Voisiku_vallavalitsus, lk 53
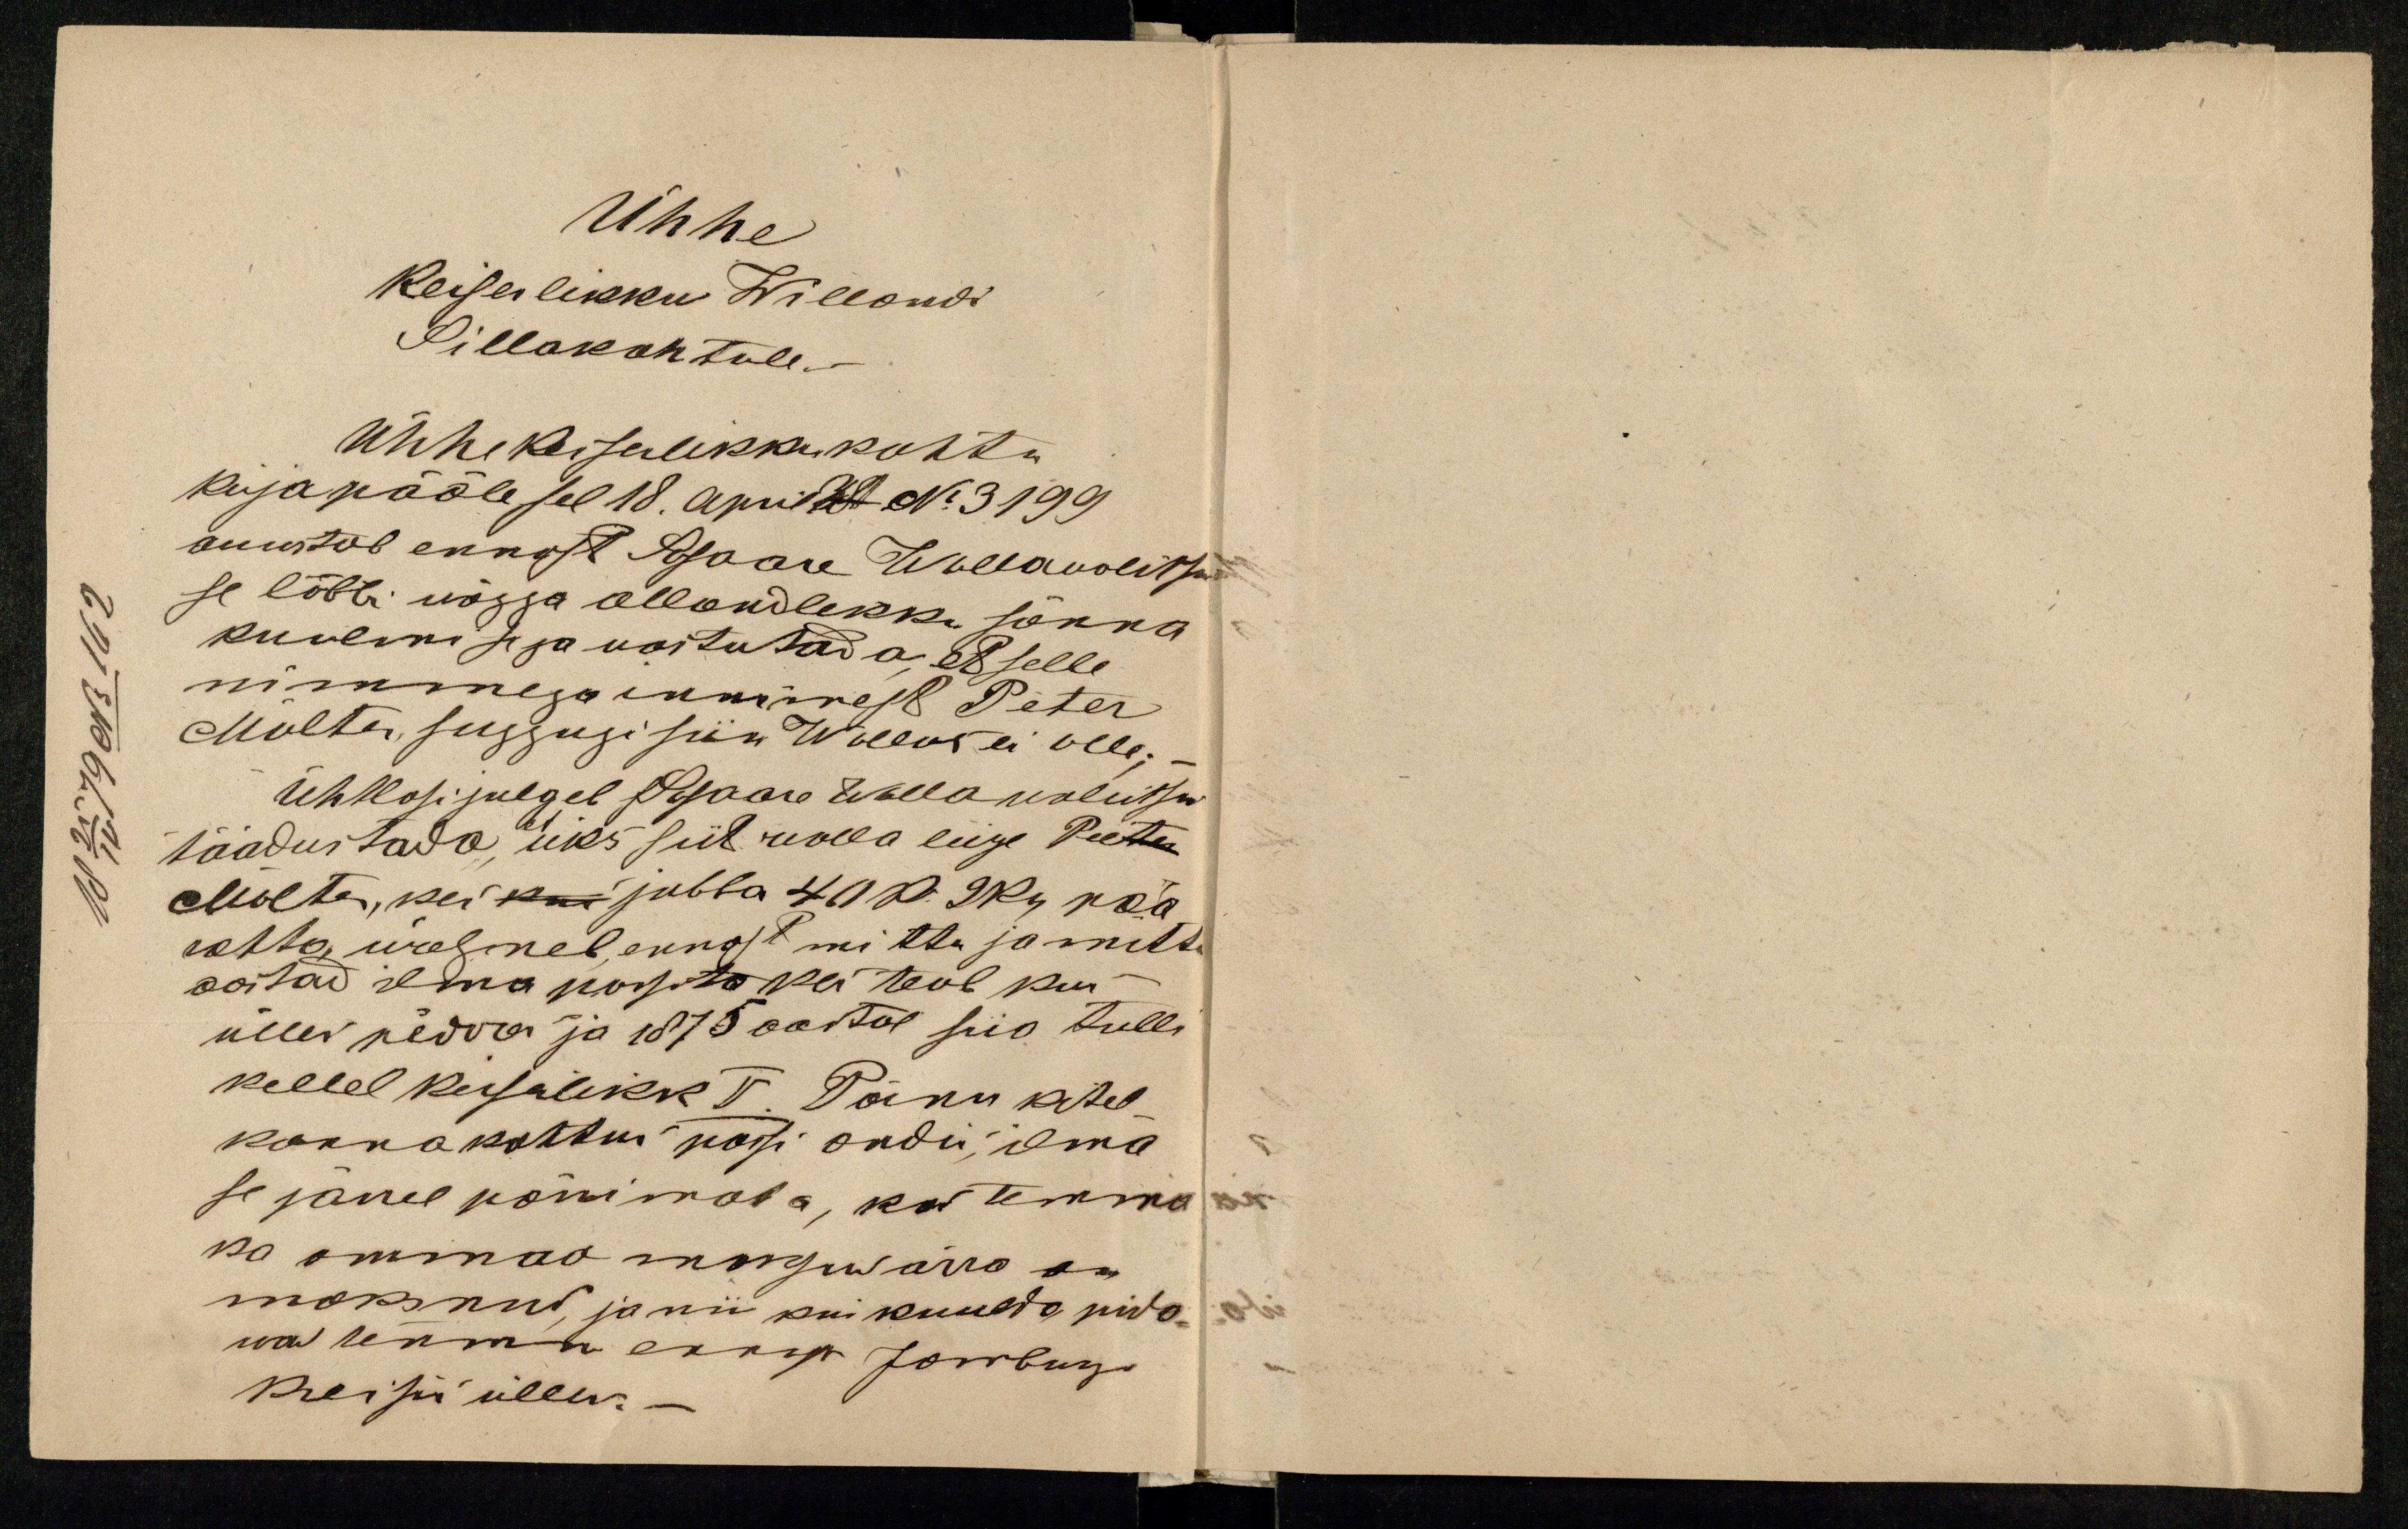
Ühhe
Keiserlikku Willandi
Sillakohtule.
Ühhe keiserlikku kohtu
kirja pääle sel 18. april xx No 3199
auustab ennast Sosaare Wallawalitsus
se läbbi wägga allandlikku sõnna
kuulmise ja moistutada, et selle
nimmega innimest Peter
Mölter suggugi siin Wallas ei olle;
Ühtlasi julgeb Sosaare wallawalitsus
säädustada, üks siit walla liige Peeter
Mölter, kes kui jubba 40 R. 9 ko pää
rahha võlgneb, ennast mittu ja mittu
aastad ilma passita kui teab kui
üllen päewa ja 1875 aastal siis tulli
kellel kirjalikk V Pärnu kihel-
konnakohtus passi andis, ilma
se järel pärrimata, kui temma
ka ommad massen ärra on
maksnud, ja nii kui kuulda pida-
wa temma ennast Jombugi
kreisis üllen.